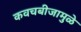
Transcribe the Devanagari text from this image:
कवचबीजामुळे